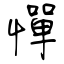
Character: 憚